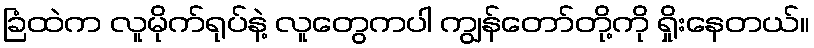
ခြံထဲက လူမိုက်ရုပ်နဲ့ လူတွေကပါ ကျွန်တော်တို့ကို ရှိုးနေတယ်။